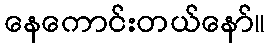
နေကောင်းတယ်နော်။